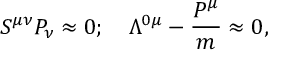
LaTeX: S ^ { \mu \nu } P _ { \nu } \approx 0 ; ~ ~ ~ \Lambda ^ { 0 \mu } - { \frac { P ^ { \mu } } { m } } \approx 0 ,